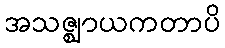
အသဇ္ဈာယကတာပိ